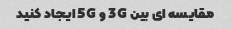
مقایسه ای بین 3G و 5G ایجاد کنید